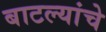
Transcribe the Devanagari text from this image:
बाटल्यांचे